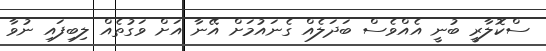
ސްކޮލާރީ ބުނީ އެއްވެސް ބަދަލެއް ގެނައުމަށް އޭނާ އަށް ވަގުތެއް ލިބިފައި ނުވާ